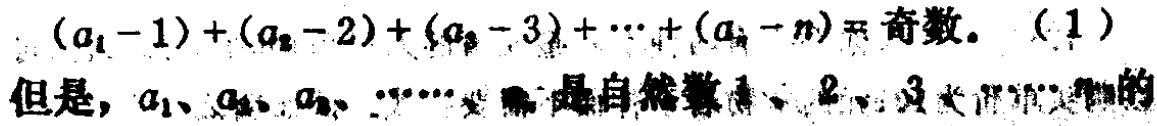
\((a_{1}-1)+(a_{2}-2)+(a_{3}-3)+\cdots+(a_{n}-n)=\text{奇数。}\ (1)\)

但是，\(a_{1}、a_{2}、a_{3}、\cdots 、a_{n}\)是自然数\(1、2、3、\cdots 、n\)的